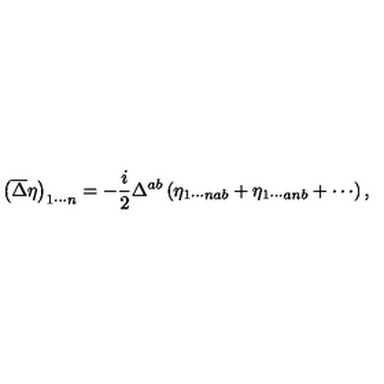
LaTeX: \left( \overline { { \Delta } } \eta \right) _ { 1 \cdots n } = - \frac { i } { 2 } \Delta ^ { a b } \left( \eta _ { 1 \cdots n a b } + \eta _ { 1 \cdots a n b } + \cdots \right) ,